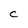
Character: C